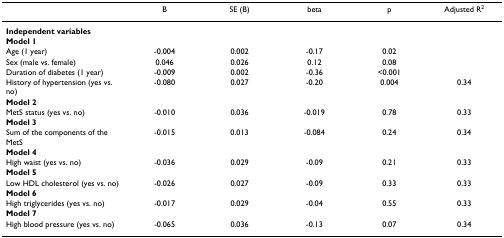
<table><thead><tr><td></td><td><b>B</b></td><td><b>SE (B)</b></td><td><b>beta</b></td><td><b>p</b></td><td><b>Adjusted R<sup>2</sup></b></td></tr></thead><tbody><tr><td><b>Independent variables</b></td><td></td><td></td><td></td><td></td><td></td></tr><tr><td><b>Model 1</b></td><td></td><td></td><td></td><td></td><td></td></tr><tr><td>Age (1 year)</td><td>-0.004</td><td>0.002</td><td>-0.17</td><td>0.02</td><td></td></tr><tr><td>Sex (male vs. female)</td><td>0.046</td><td>0.026</td><td>0.12</td><td>0.08</td><td></td></tr><tr><td>Duration of diabetes (1 year)</td><td>-0.009</td><td>0.002</td><td>-0.36</td><td>&lt;0.001</td><td></td></tr><tr><td>History of hypertension (yes vs. no)</td><td>-0.080</td><td>0.027</td><td>-0.20</td><td>0.004</td><td>0.34</td></tr><tr><td><b>Model 2</b></td><td></td><td></td><td></td><td></td><td></td></tr><tr><td>MetS status (yes vs. no)</td><td>-0.010</td><td>0.036</td><td>-0.019</td><td>0.78</td><td>0.33</td></tr><tr><td><b>Model 3</b></td><td></td><td></td><td></td><td></td><td></td></tr><tr><td>Sum of the components of the MetS</td><td>-0.015</td><td>0.013</td><td>-0.084</td><td>0.24</td><td>0.34</td></tr><tr><td><b>Model 4</b></td><td></td><td></td><td></td><td></td><td></td></tr><tr><td>High waist (yes vs. no)</td><td>-0.036</td><td>0.029</td><td>-0.09</td><td>0.21</td><td>0.33</td></tr><tr><td><b>Model 5</b></td><td></td><td></td><td></td><td></td><td></td></tr><tr><td>Low HDL cholesterol (yes vs. no)</td><td>-0.026</td><td>0.027</td><td>-0.09</td><td>0.33</td><td>0.33</td></tr><tr><td><b>Model 6</b></td><td></td><td></td><td></td><td></td><td></td></tr><tr><td>High triglycerides (yes vs. no)</td><td>-0.017</td><td>0.029</td><td>-0.04</td><td>0.55</td><td>0.33</td></tr><tr><td><b>Model 7</b></td><td></td><td></td><td></td><td></td><td></td></tr><tr><td>High blood pressure (yes vs. no)</td><td>-0.065</td><td>0.036</td><td>-0.13</td><td>0.07</td><td>0.34</td></tr></tbody></table>